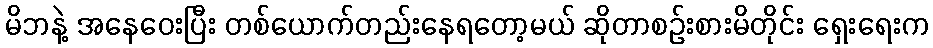
မိဘနဲ့ အနေဝေးပြီး တစ်ယောက်တည်းနေရတော့မယ် ဆိုတာစဉ်းစားမိတိုင်း ရှေးရေးက